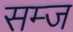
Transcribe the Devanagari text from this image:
सम्ज